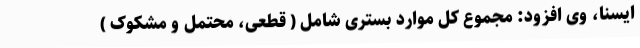
ایسنا، وی افزود: مجموع کل موارد بستری شامل ( قطعی، محتمل و مشکوک )